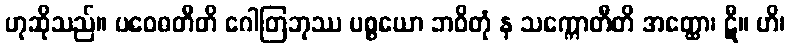
ဟုဆိုသည်။ ပဝေဓတီတိ ဂေါတြဘုဿ ပစ္စယော ဘဝိတုံ န သက္ကောတီတိ အတ္ထော၊ ဋီ။ ဟိ၊